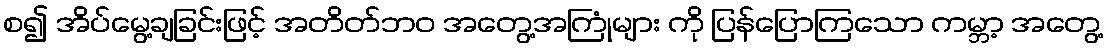
စ၍ အိပ်မွေ့ချခြင်းဖြင့် အတိတ်ဘဝ အတွေ့အကြုံများ ကို ပြန်ပြောကြသော ကမ္ဘာ့ အတွေ့